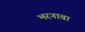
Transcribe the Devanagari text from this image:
भरनावा